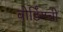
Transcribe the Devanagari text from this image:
बोर्डिंगची